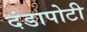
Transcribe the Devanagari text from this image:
दंडापोटी